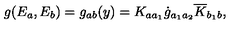
g ( E _ { a } , E _ { b } ) = g _ { a b } ( y ) = K _ { a a _ { 1 } } \dot { g } _ { a _ { 1 } a _ { 2 } } \overline { { K } } _ { b _ { 1 } b } ,